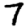
Digit: 7